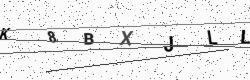
Text: K8BXJLL